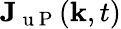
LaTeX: \mathbf{J}_{\mathrm{~u~P~}}(\mathbf{k},t)